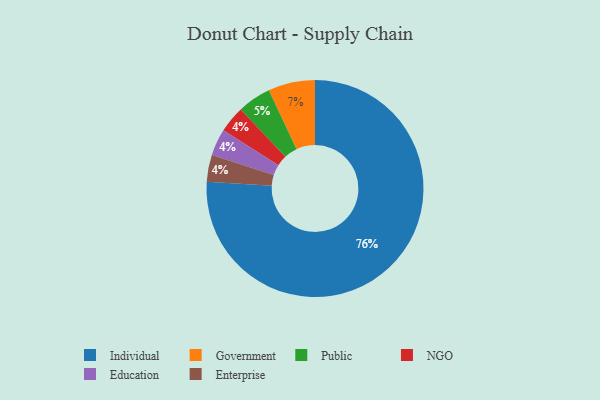
{"axis": {"x": "Category", "y": "Percentage"}, "legend": ["Education", "Enterprise", "Government", "Individual", "NGO", "Public"], "data": [{"x": "NGO", "y": 4, "type": "NGO"}, {"x": "Education", "y": 4, "type": "Education"}, {"x": "Government", "y": 7, "type": "Government"}, {"x": "Public", "y": 5, "type": "Public"}, {"x": "Individual", "y": 76, "type": "Individual"}, {"x": "Enterprise", "y": 4, "type": "Enterprise"}]}